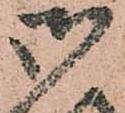
御